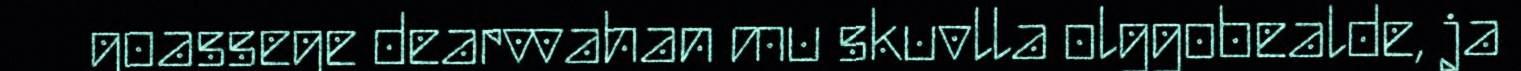
goassege dearvvahan mu skuvlla olggobealde, ja